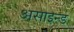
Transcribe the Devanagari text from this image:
असाइन्ड